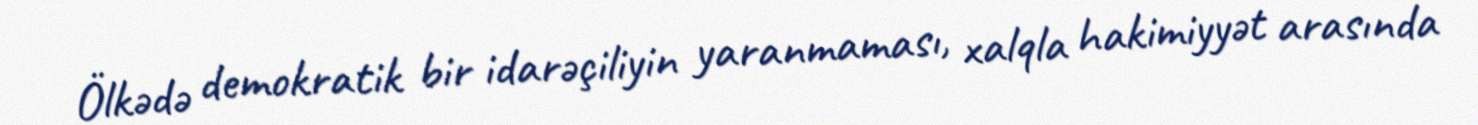
Ölkədə demokratik bir idarəçiliyin yaranmaması, xalqla hakimiyyət arasında